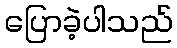
ပြောခဲ့ပါသည်